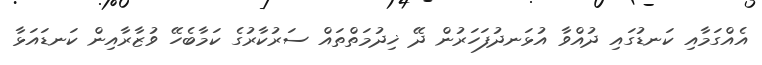
އެއްގަމާއި ކަނޑުގައި ދުއްވާ އުޅަނދުފަހަރުން ދޭ ޚިދުމަތްތައް ސަރުކާރުގެ ކަމާބެހޭ ވުޒާރާއިން ކަނޑައަޅާ